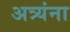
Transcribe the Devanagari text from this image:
अत्र्यंना